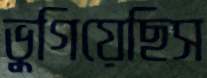
ভুগিয়েছিস